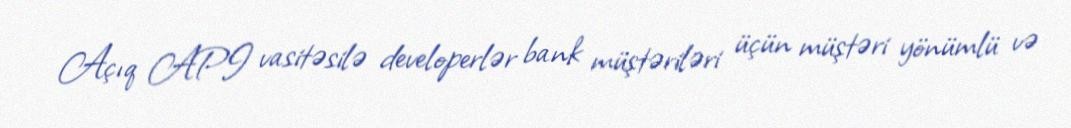
Açıq API vasitəsilə developerlər bank müştəriləri üçün müştəri yönümlü və